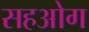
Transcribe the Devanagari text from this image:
सहओग